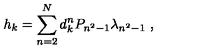
{ h } _ { k } = \sum _ { n = 2 } ^ { N } d _ { k } ^ { n } P _ { n ^ { 2 } - 1 } \lambda _ { n ^ { 2 } - 1 } \ ,